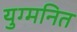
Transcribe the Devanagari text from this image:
युग्‍मनित